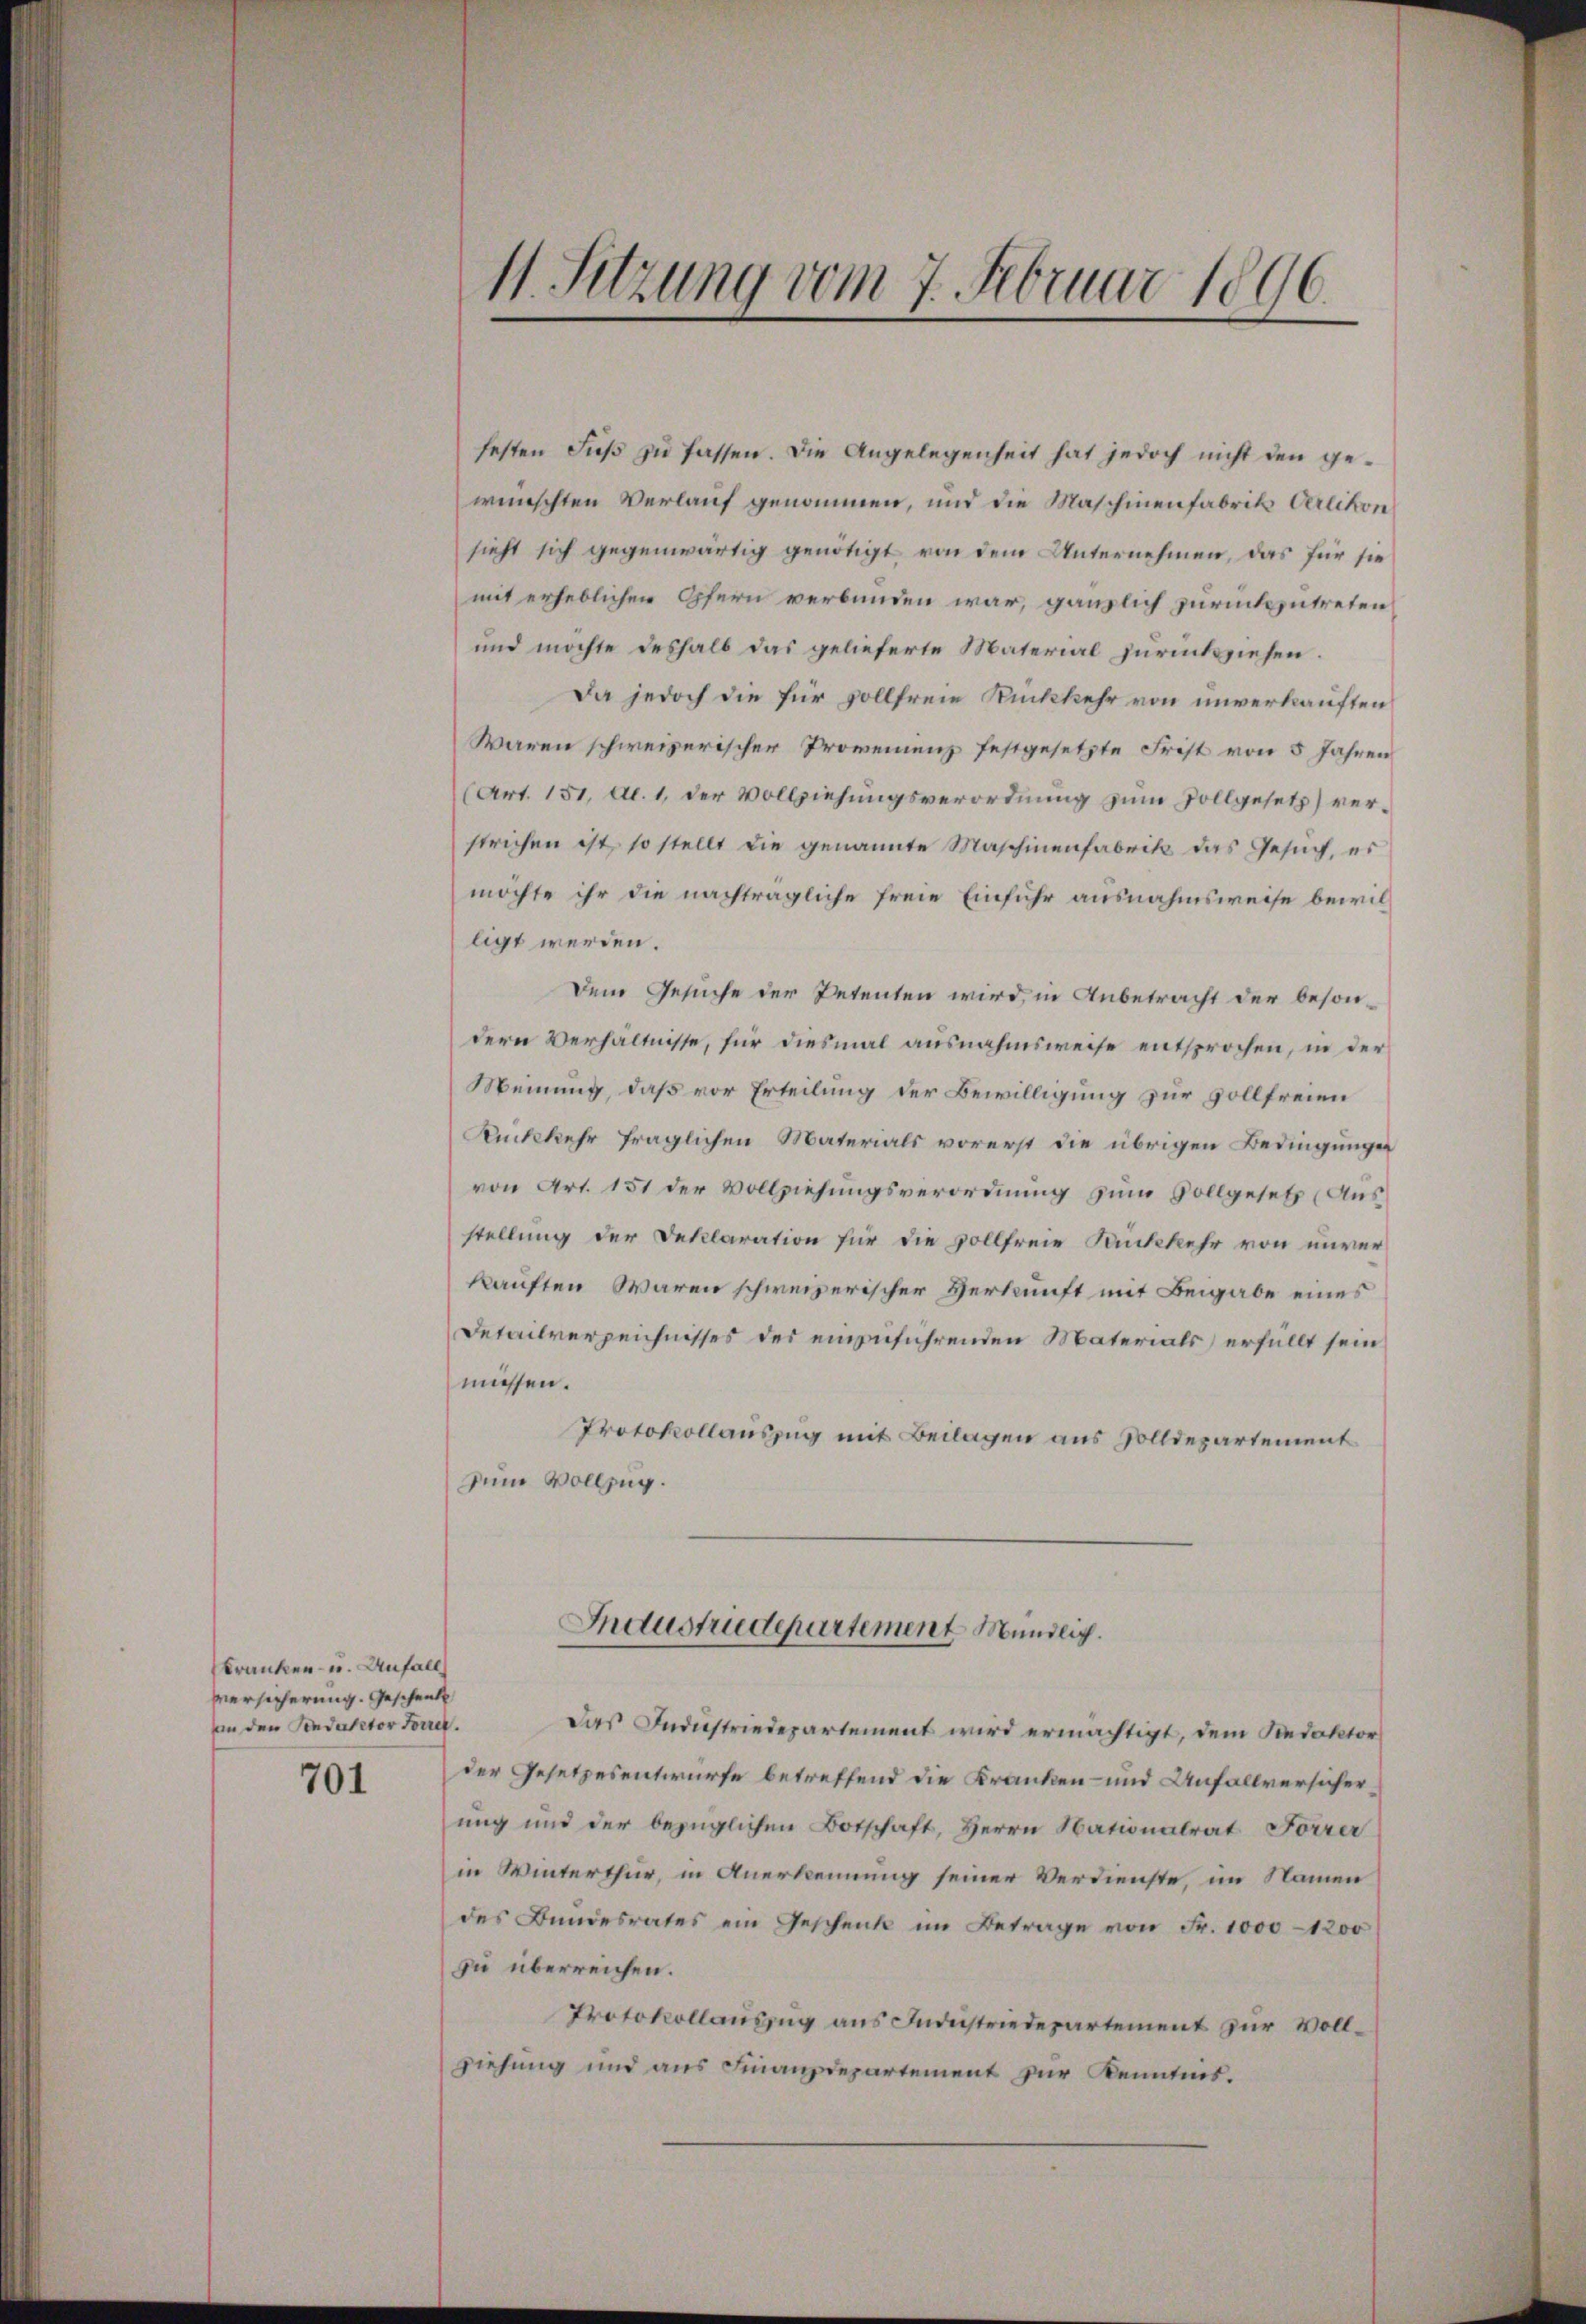
Franken- u. Anfall
versicherung. Geschenkt
an den Sendurator Forrer.

701

festen Fuß zu fassen. Die Angelegenheit hat jedoch nicht den gewünschten Verlauf genommen, und die Maschinenfabrik Verlikon
sieht sich gegenwärtig genötigt von dem Unternehmen, das für sie
mit erheblichen Opfern verbunden war, gänzlich zurückzutreten
und möchte deshalb das gelieferte Material zurückziehen.
Da jedoch die für vollfreie Rückkehr von unverkauften
Waren schweizerischer Promeinenz festgesetzte Frist von 5 Jahren
(Art. 151, Al. 1, der Vollziehungsverordnung zum Vollgesetz) verstrichen ist, so stellt die genannte Maschinenfabrik das Gesuch, es
möchte ihr die nachträgliche freie Einfuhr ausnahmsweise bewilligt werden.
Dem Gesuche der Petenten wird, in Anbetracht der besondern Verhältnisse, für diesmal ausnahmsweise entsprochen, in der
Meinung, daß vor Erteilung der Bewilligung zur vollfreien
Rückkehr fraglichen Materials vorerst die übrigen Bedingungen
von Art. 151 der Vollziehungsverordnung zum Vollgesetz (Ausstellung der Deklaration für die vollfreie Rückkehr von unver
kauften waren schweizerischer Verkunft mit Beigabe eines
Detailverzeichnisses des einzuführenden Materials erfüllt sein
müssen.
Protokollauszug mit Beilagen aus Solldepartement
zum Vollzug.

11. Setzung vom 7. Februar 1896.

Das Industriedepartement wird ermächtigt, dem Redaktor
der Gesetzesentwurfe betreffend die Kranken- und Unfallversicherung und der bezüglichen Botschaft, Herrn Nationalrat Forrer
in Winterthur, in Anerkennung seiner Verdienste, im Namen
des Bundesrates ein Geschenk im Betrage von Fr. 1000-1200
zu überreichen.
Protokollauszug aus Industriedepartement zur Vollziehung und aus Finanzdepartement zur Kenntnis.

Industrudepartement Mündlic